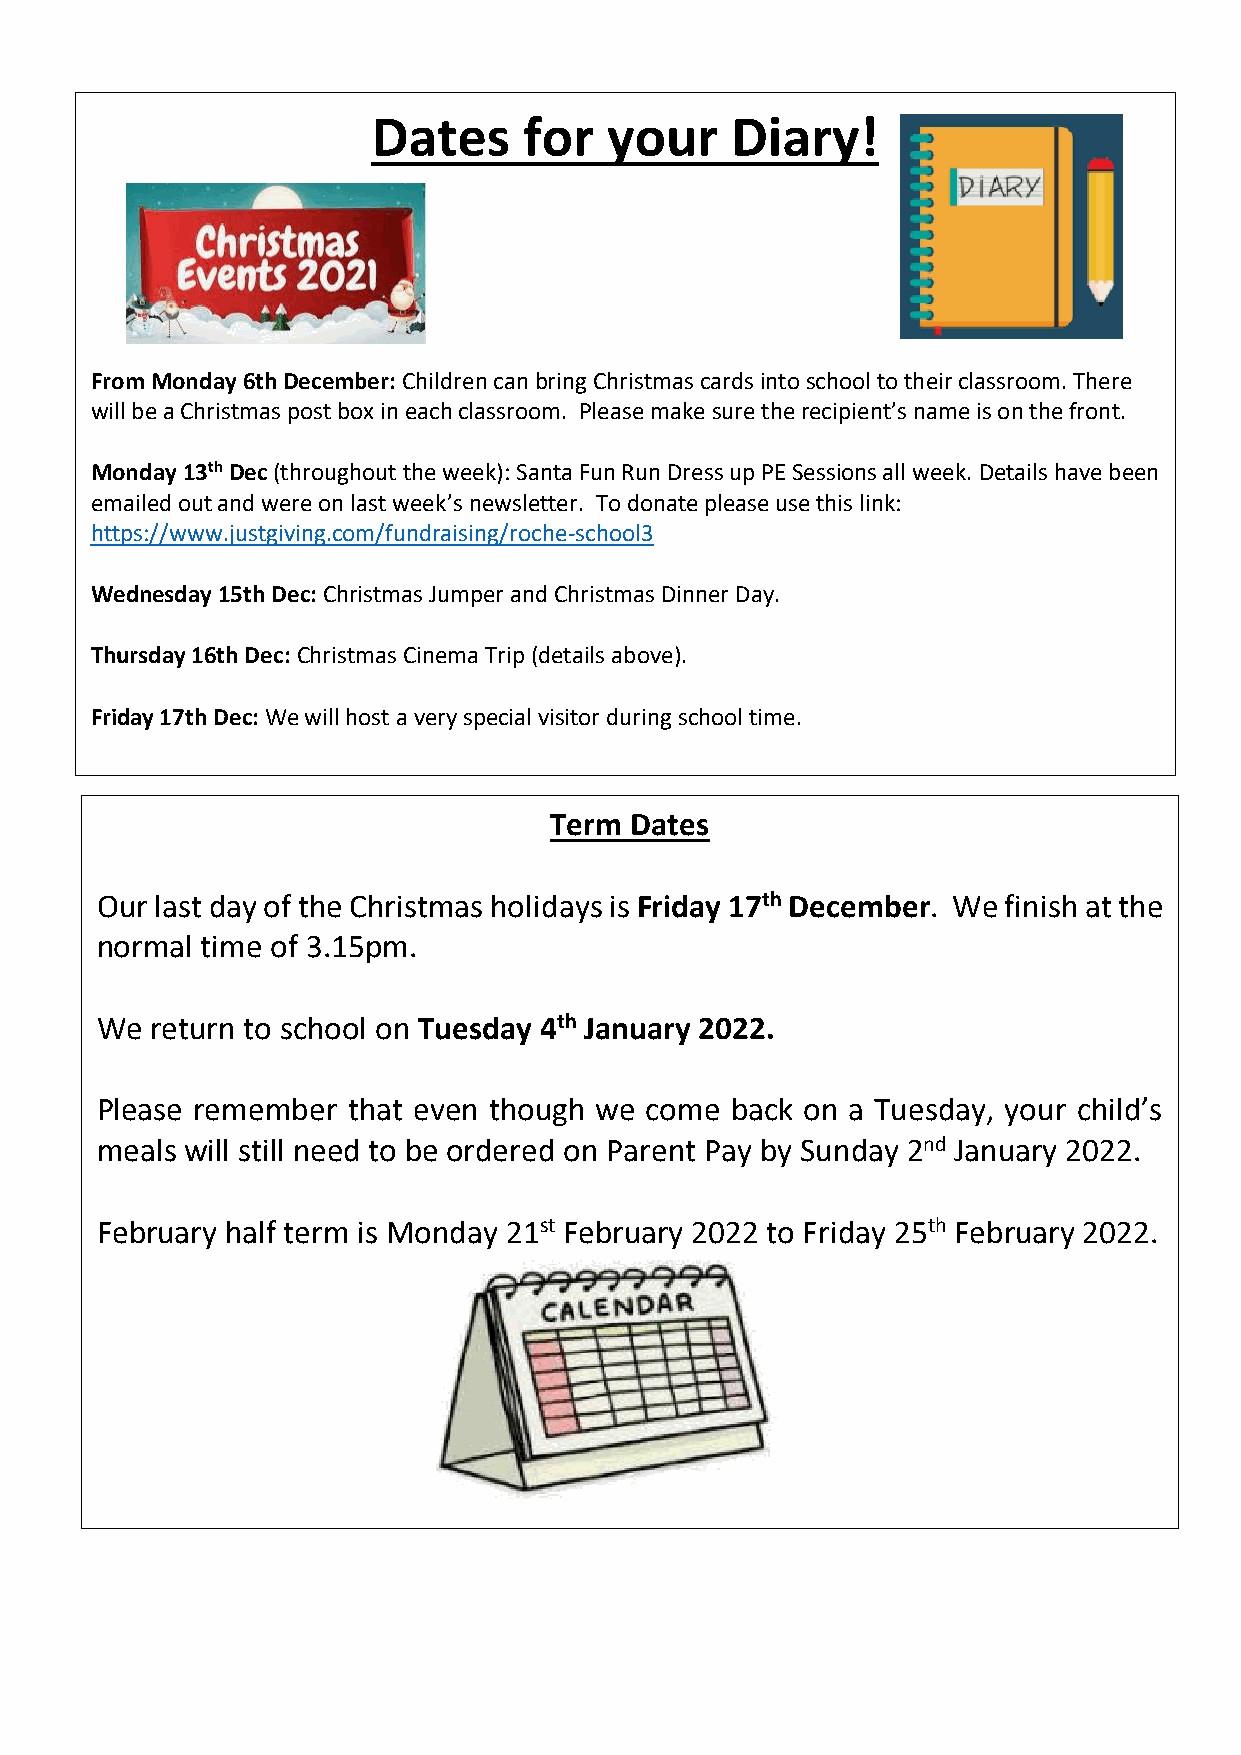
Dates     for  your    Diary!
 From Monday 6th December: Children can bring Christmas cards into school to their classroom. There
 will be a Christmas post box in each classroom. Please make sure the recipient’s name is on the front.
 Monday 13th Dec (throughout the week): Santa Fun Run Dress up PE Sessions all week. Details have been
 emailed out and were on last week’s newsletter. To donate please use this link:
 https://www.justgiving.com/fundraising/roche-school3
 Wednesday 15th Dec: Christmas Jumper and Christmas Dinner Day.
 Thursday 16th Dec: Christmas Cinema Trip (details above).
 Friday 17th Dec: We will host a very special visitor during school time.
 Term  Dates
 Our last day of the Christmas holidays is Friday 17th December. We finish at the
 normal time of 3.15pm.
 We  return to school on Tuesday 4th January 2022.
 Please remember  that even though we come back on a Tuesday, your child’s
 meals will still need to be ordered on Parent Pay by Sunday 2nd January 2022.
 February half term is Monday 21st February 2022 to Friday 25th February 2022.